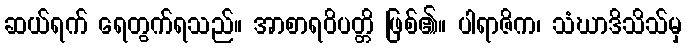
ဆယ်ရက် ရေတွက်ရသည်။ အာစာရဝိပတ္တိ ဖြစ်၏။ ပါရာဇိက၊ သံဃာဒိသိသ်မှ